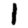
Digit: 1